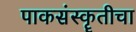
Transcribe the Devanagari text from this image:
पाकसंस्कॄतीचा